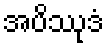
အပိဿုဒံ